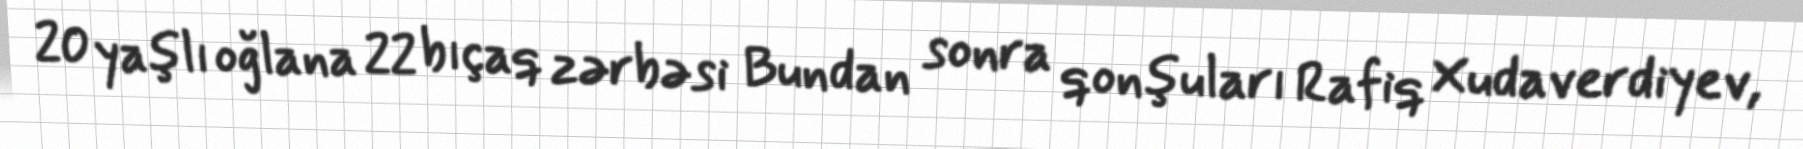
20 yaşlı oğlana 22 bıçaq zərbəsi Bundan sonra qonşuları Rafiq Xudaverdiyev,